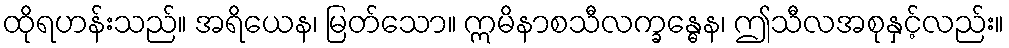
ထိုရဟန်းသည်။ အရိယေန၊ မြတ်သော။ ဣမိနာစသီလက္ခန္ဓေန၊ ဤသီလအစုနှင့်လည်း။